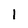
Character: 1